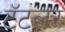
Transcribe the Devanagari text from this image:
टॅटलर